Leaving Certificate Examination, 1907
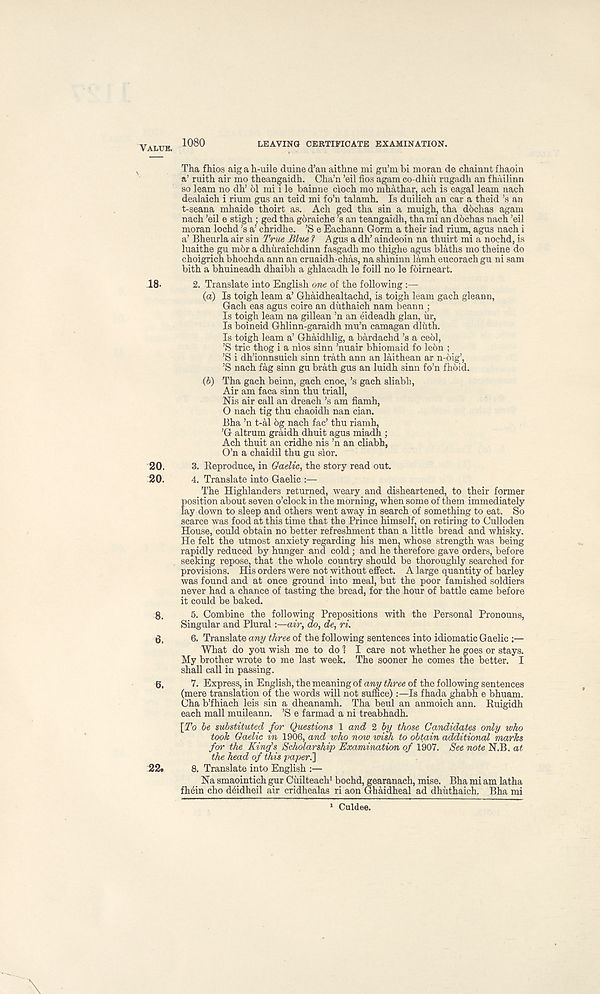
Value,
leaving certificate examination.
N
Tha fhios aig a h-uile duine d’an aitlme mi gu’m bi moran de cbainnt fhaoin
a’ ruitb air mo tbeangaidh. Cba’n ’eil fios agam co-dbiu rugadh an fhailinn
so learn no dh’ 61 mi i le bainne cioch mo mhathar, acb is eagal learn nacb
dealaicb i rium gus an teid mi fo’n talamb. Is duilich an car a theid’s an
t-seana mhaide thoirt as. Ach ged tba sin a muigh ; tba dbchas agam
nach ’eil e stigb : ged tha goraiche’s an teangaidh, tha mi an dbchas nach ’eil
moran lochd’s a’ chridhe. ’S e Eachann Gorm a their iad rium, agus nach i
a’ Bheurla air sin Trua Blue ? Agus a dh’ aindeoin na thuirt mi a nochd, is
luaithe gu m6r a dhiiraichdinn fasgadh mo thighe agus blaths mo theine do
choigrich bhochda ann an cruaidh-chas, na shininn lamh eucorach gu ni sam
bith a bhuineadh dhaibh a ghlacadh le foill no le fbirneart.
18-
2. Translate into English one of the following :—
(a) Is toigh learn a’ Ghaidhealtachd, is toigh learn gach gleann,
Gach eas agus coire an duthaich nam beann ;
Is toigh leam na gillean ’n an eideadh glan, hr,
Is boineid Ghlinn-garaidh mu’n camagan dliith.
Is toigh leam a’ Ghaidhlig, a bardachd’s a ce61,
’S trie thog i a nios sinn ’nuair bhiomaid fo le6n ;
’S i dh’ionnsuich sinn trath ann an laithean ar n-6ig’,
’S nach fag sinn gu brath gus an luidh sinn fo’n fhoid.
(d) Tha gach beinn, gach cnoc, ’s gach sliabb,
Air am faca sinn thu triall,
Nis air call an dreach’s am fiamh,
O nach tig thu chaoidh nan cian.
Bha ’n t-al 6g nach fac’ thu riamh,
’G altrum graidh dhuit agus miadh ;
Ach thuit an cridhe nis ’n an cliabh,
O’n a chaidil thu gu sior.
20. 3. Reproduce, in Gaelic, the story read out.
20. 4. Translate into Gaelic
The Highlanders returned, weary and disheartened, to their former
position about seven o’clock in the morning, when some of them immediately
lay down to sleep and others went away in search of something to eat. So
scarce was food at this time that the Prince himself, on retiring to Culloden
House, could obtain no better refreshment than a little bread and whisky.
He felt the utmost anxiety regarding his men, whose strength was being
rapidly reduced by hunger and cold; and he therefore gave orders, before
seeking repose, that the whole country should be thoroughly searched for
provisions. His orders were not without effect. A large quantity of barley
was found and at once ground into meal, but the poor famished soldiers
never had a chance of tasting the bread, for the hour of battle came before
it could be baked.
8. 5. Combine the following Prepositions with the Personal Pronouns,
Singular and Plural:—air, do, de, ri.
6, 6. Translate any three of the following sentences into idiomatic Gaelic
What do you wish me to do 1 I care not whether he goes or stays.
My brother wrote to me last week. The sooner he comes the better. I
shall call in passing.
6. 7. Express, in English, the meaning of any three of the following sentences
(mere translation of the words will not suffice)Is fhada ghabh e bhuam.
Cha b’fhiach leis sin a dheanamh. Tha beul an anmoich ann. Ruigidh
each mall muileann. ’S e farmad a ni treabhadh.
[To be substituted for Questions 1 and 2 by those Candidates only who
took Gaelic in 1906, and who now unsh to obtain additional marks
for the King's Scholarship Examination of 1907. See note N.B. at
the head of this paper.’]
22. 8. Translate into English :—
Na smaointich gur Cuilteach 1 bochd, gearanach, mise. Bha mi am latha
fhein cho dffidheil air cridhealas ri aon Ghaidheal ad dhuthaich. Bha mi
1 Culdee.